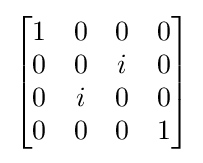
{\begin{bmatrix}1&0&0&0\\0&0&i&0\\0&i&0&0\\0&0&0&1\end{bmatrix}}